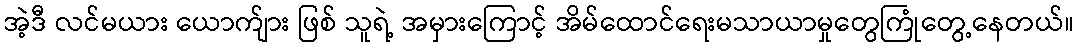
အဲ့ဒီ လင်မယား ယောက်ျား ဖြစ် သူရဲ့ အမှားကြောင့် အိမ်ထောင်ရေးမသာယာမှုတွေကြုံတွေ့နေတယ်။